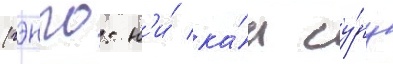
(гэнго: н'и́ ка́н су́ру